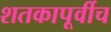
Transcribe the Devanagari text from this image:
शतकापूर्वीच